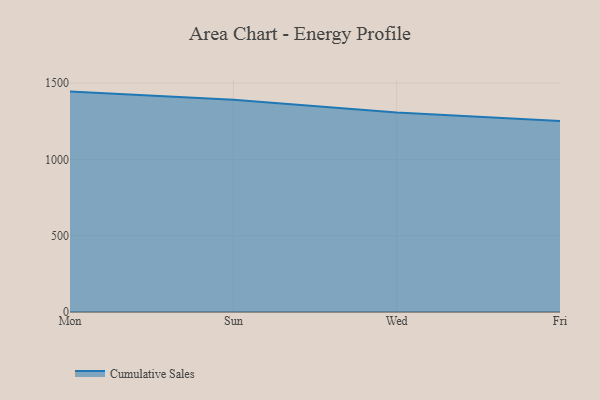
{"axis": {"x": "Day", "y": "Market Share (%)"}, "legend": ["Cumulative Sales"], "data": [{"x": "Mon", "y": 1444.1, "type": "Cumulative Sales"}, {"x": "Sun", "y": 1391.5, "type": "Cumulative Sales"}, {"x": "Wed", "y": 1307.6, "type": "Cumulative Sales"}, {"x": "Fri", "y": 1250.9, "type": "Cumulative Sales"}]}